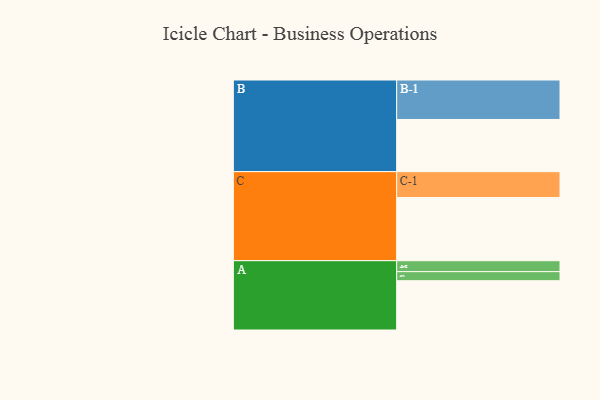
{"axis": {"x": "Segment", "y": "Value"}, "legend": ["", "A", "B", "C"], "data": [{"x": "A", "y": 342, "type": ""}, {"x": "B", "y": 362, "type": ""}, {"x": "C", "y": 438, "type": ""}, {"x": "A-1", "y": 63, "type": "A"}, {"x": "A-2", "y": 76, "type": "A"}, {"x": "B-1", "y": 274, "type": "B"}, {"x": "C-1", "y": 180, "type": "C"}]}